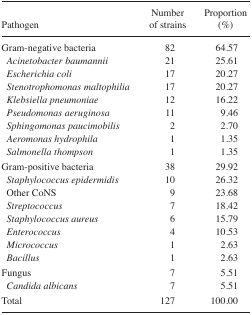
| Pathogen | Number of strains | Proportion (%) |
 | --- | --- | --- |
 | Gram-negative bacteria | 82 | 64.57 |
 | Acinetobacter baumannii | 21 | 25.61 |
 | Escherichia coli | 17 | 20.27 |
 | Stenotrophomonas maltophilia | 17 | 20.27 |
 | Klebsiella pneumoniae | 12 | 16.22 |
 | Pseudomonas aeruginosa | 11 | 9.46 |
 | Sphingomonas paucimobilis | 2 | 2.70 |
 | Aeromonas hydrophila | 1 | 1.35 |
 | Salmonella thompson | 1 | 1.35 |
 | Gram-positive bacteria | 38 | 29.92 |
 | Staphylococcus epidermidis | 10 | 26.32 |
 | Other CoNS | 9 | 23.68 |
 | Streptococcus | 7 | 18.42 |
 | Staphylococcus aureus | 6 | 15.79 |
 | Enterococcus | 4 | 10.53 |
 | Micrococcus | 1 | 2.63 |
 | Bacillus | 1 | 2.63 |
 | Fungus | 7 | 5.51 |
 | Candida albicans | 7 | 5.51 |
 | Total | 127 | 100.00 |